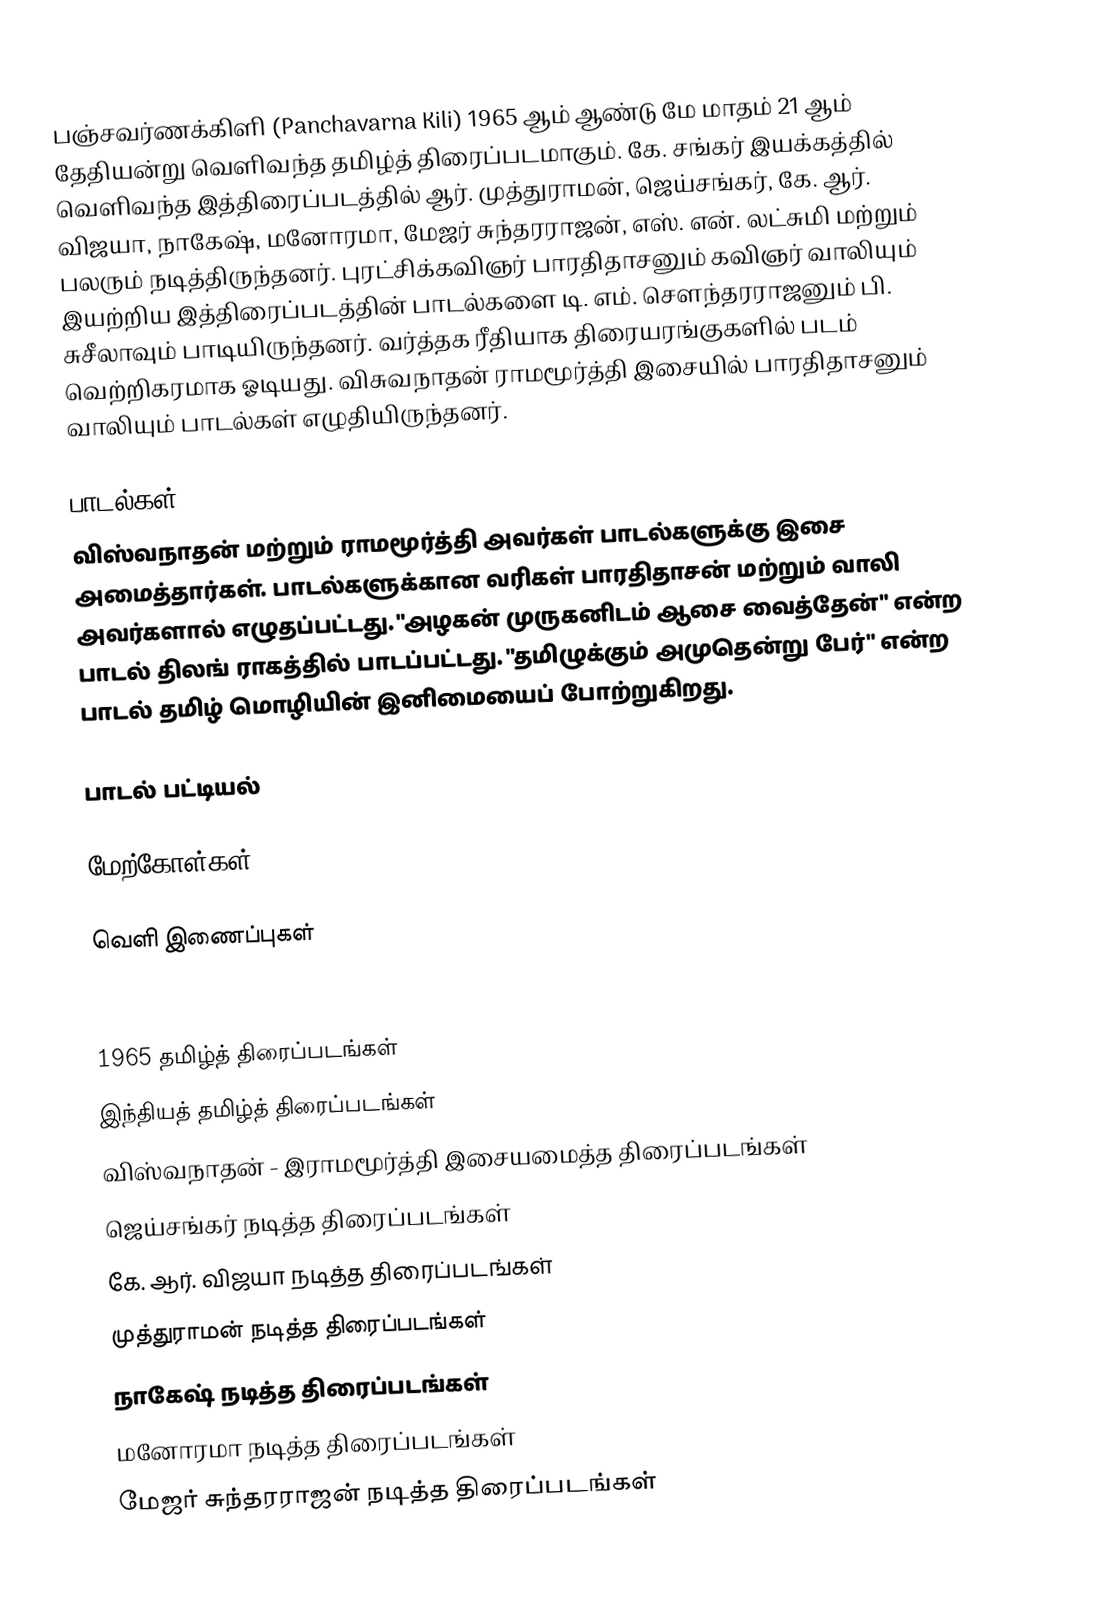
பஞ்சவர்ணக்கிளி (Panchavarna Kili) 1965 ஆம் ஆண்டு மே மாதம் 21 ஆம் தேதியன்று வெளிவந்த தமிழ்த் திரைப்படமாகும். கே. சங்கர் இயக்கத்தில் வெளிவந்த இத்திரைப்படத்தில் ஆர். முத்துராமன், ஜெய்சங்கர், கே. ஆர். விஜயா, நாகேஷ், மனோரமா, மேஜர் சுந்தரராஜன், எஸ். என். லட்சுமி மற்றும் பலரும் நடித்திருந்தனர். புரட்சிக்கவிஞர் பாரதிதாசனும் கவிஞர் வாலியும் இயற்றிய இத்திரைப்படத்தின் பாடல்களை டி. எம். சௌந்தரராஜனும் பி. சுசீலாவும் பாடியிருந்தனர். வர்த்தக ரீதியாக திரையரங்குகளில் படம் வெற்றிகரமாக ஓடியது. விசுவநாதன் ராமமூர்த்தி இசையில் பாரதிதாசனும் வாலியும் பாடல்கள் எழுதியிருந்தனர்.

பாடல்கள்
விஸ்வநாதன் மற்றும் ராமமூர்த்தி அவர்கள் பாடல்களுக்கு இசை அமைத்தார்கள். பாடல்களுக்கான வரிகள் பாரதிதாசன் மற்றும் வாலி அவர்களால் எழுதப்பட்டது. "அழகன் முருகனிடம் ஆசை வைத்தேன்" என்ற பாடல் திலங் ராகத்தில் பாடப்பட்டது. "தமிழுக்கும் அமுதென்று பேர்" என்ற பாடல் தமிழ் மொழியின் இனிமையைப் போற்றுகிறது.

பாடல் பட்டியல்

மேற்கோள்கள்

வெளி இணைப்புகள்

1965 தமிழ்த் திரைப்படங்கள்
இந்தியத் தமிழ்த் திரைப்படங்கள்
விஸ்வநாதன் - இராமமூர்த்தி இசையமைத்த திரைப்படங்கள்
ஜெய்சங்கர் நடித்த திரைப்படங்கள்
கே. ஆர். விஜயா நடித்த திரைப்படங்கள்
முத்துராமன் நடித்த திரைப்படங்கள்
நாகேஷ் நடித்த திரைப்படங்கள்
மனோரமா நடித்த திரைப்படங்கள்
மேஜர் சுந்தரராஜன் நடித்த திரைப்படங்கள்